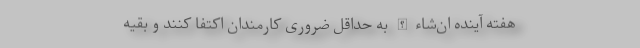
هفته آینده ان‌شاء الله به حداقل ضروری کارمندان اکتفا کنند و بقیه